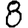
Digit: 8